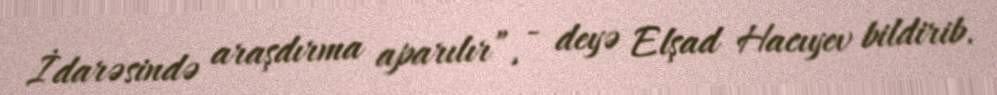
İdarəsində araşdırma aparılır”, - deyə Elşad Hacıyev bildirib.